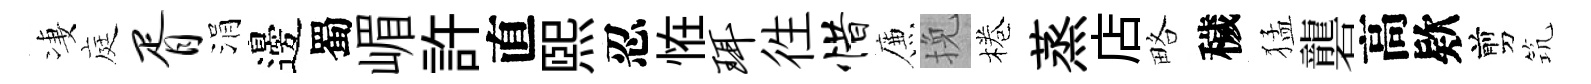
凄庭胥涓邊蜀嵋許直熙忍恠珥徃惜簾挽棬蒸店略穢猛礱高欵剪𥬑